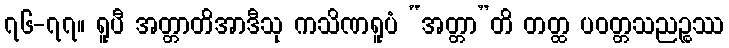
၇၆-၇၇။ ရူပီ အတ္တာတိအာဒီသု ကသိဏရူပံ “အတ္တာ”တိ တတ္ထ ပဝတ္တသညဉ္စဿ